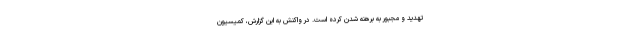
تهدید و مجبور به برهنه شدن کرده است. در واکنش به این گزارش، کمیسیون